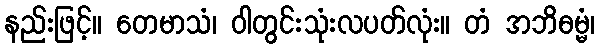
နည်းဖြင့်။ တေမာသံ၊ ဝါတွင်းသုံးလပတ်လုံး။ တံ အဘိဓမ္မံ၊